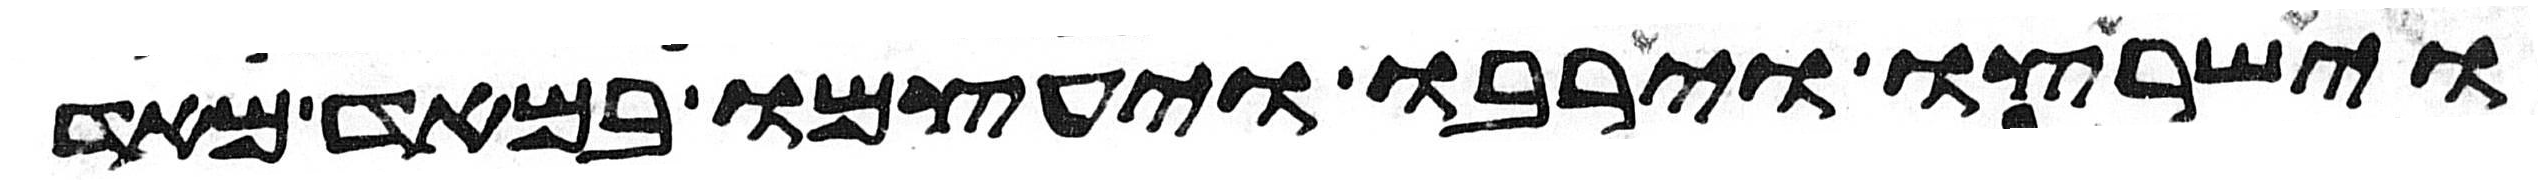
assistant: וישרצו וירבו ויעצמו במאד מאד